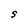
Character: S